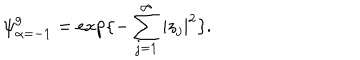
\psi _ { \alpha = - 1 } ^ { g } = \exp \{ - \sum _ { j = 1 } ^ { \infty } | z _ { j } | ^ { 2 } \} .